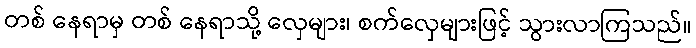
တစ် နေရာမှ တစ် နေရာသို့ လှေများ၊ စက်လှေများဖြင့် သွားလာကြသည်။